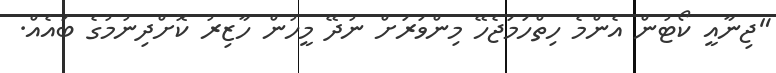
"ޖިނާއީ ކޯޓުން އެންމެ ހިތްހަމަޖެހޭ މިންވަރަށް ނުދޭ މީހުން ހާޒިރު ކޮށްދިނުމުގެ ބައެއް.